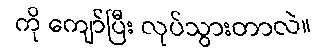
ကို ကျော်ပြီး လုပ်သွားတာလဲ။